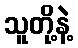
သူတို့နဲ့